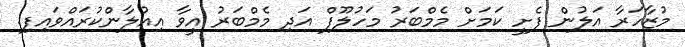
މުޒާހަރާ އަލުން ފެށީ ކަމަށް މެމްބަރު މަހުލޫފް އަދި މެމްބަރު އީވާ އިއުލާންކުރައްވައިފި.